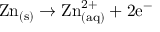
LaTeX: \mathrm { Z n _ { ( s ) } \rightarrow Z n _ { ( a q ) } ^ { 2 + } + 2 e ^ { - } \ }